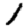
Digit: 1